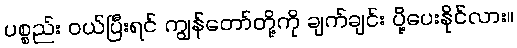
ပစ္စည်း ဝယ်ပြီးရင် ကျွန်တော်တို့ကို ချက်ချင်း ပို့ပေးနိုင်လား။